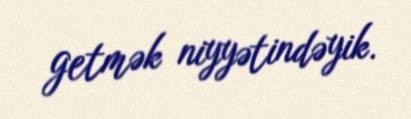
getmək niyyətindəyik.